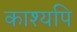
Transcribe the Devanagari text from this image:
काश्यपि